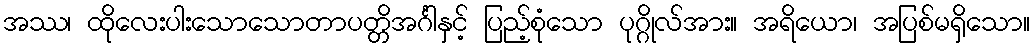
အဿ၊ ထိုလေးပါးသောသောတာပတ္တိအင်္ဂါနှင့် ပြည့်စုံသော ပုဂ္ဂိုလ်အား။ အရိယော၊ အပြစ်မရှိသော။